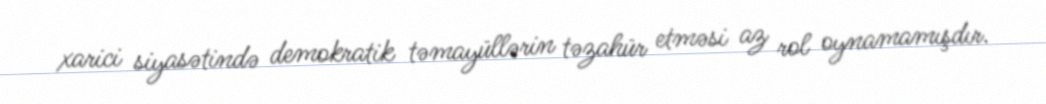
xarici siyasətində demokratik təmayüllərin təzahür etməsi az rol oynamamışdır.